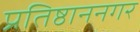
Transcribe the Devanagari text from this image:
प्रतिष्ठाननगर